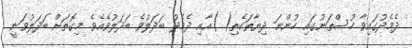
ދެމެދުގައިވާ ހުސްތަނުގައި ހުންނަ ދިޔާތަކެތި( )އާއި ދެމެދު ބަދަލުވެ ބަދަލުވެއެވެ. މިގޮތަށް ބަދަލުވަނީ